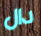
دال